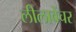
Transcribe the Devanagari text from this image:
लीलावेंचर